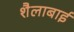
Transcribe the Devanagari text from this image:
शैलाबाई